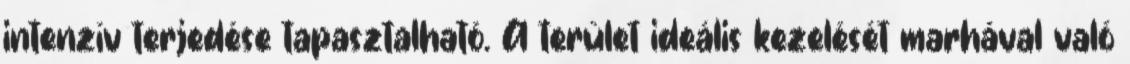
intenzív terjedése tapasztalható. A terület ideális kezelését marhával való